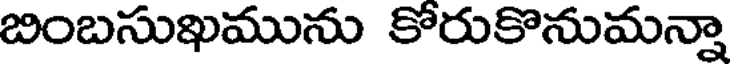
బింబసుఖమును కోరుకొనుమన్నా